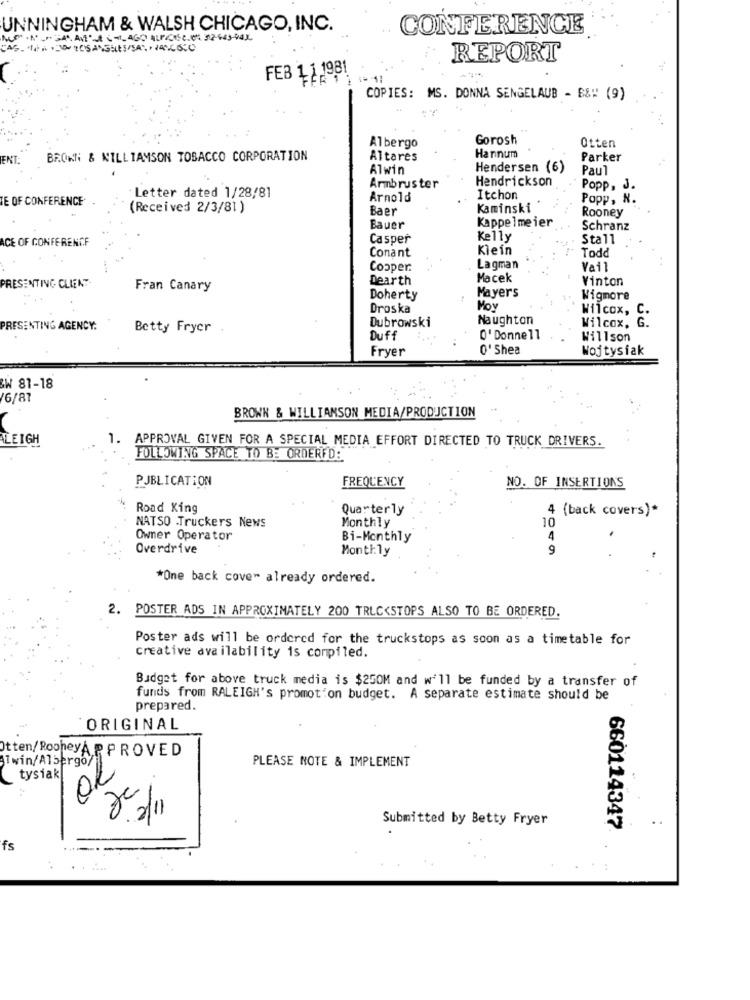
UNNINGHAM & WALSH CHICAGO, INC.
CONFERENCE
REPORT
FEB 1.1.1981
FFET
. - 11
COPIES: MS. DONNA SENGELAUB - B&# (9)
Gorosh
Albergo
Otten
ENT:
BROWN & WILLIAMSON TOBACCO CORPORATION
Altares
Hannum
Parker
Alwin
Hendersen (6)
Paul
Hendrickson
Letter dated 1/28/81
Armbruster
Popp, J.
TE OF CONFERENCE
Arnold
Itchon
Popp, N.
(Received 2/3/81)
Baer
Kaminski
Kappelmeier
Rooney
Bauer
Schranz
ACE OF CONFERENCE
Casper
Kelly
Stall
Conant
Klein
Todd
Cooper:
Lagman
Vail
Dearth
Macek
Vinton
RESENTING CLIENT-
Fran Canary
Doherty
Mayers
Wigmore
Droska
Moy
Wilcox, C.
Dubrowski
Naughton
PRESENTING AGENCY:
Betty Fryer
Wilcox. G.
Duff
O' Donnell
Willson
Fryer
O'Shea
Wojtysiak
W 81-18
/6/87
BROWK & WILLIAMSON MEDIA/PRODUCTION
LEIGH
1.
APPROVAL GIVEN FOR A SPECIAL MEDIA EFFORT DIRECTED TO TRUCK DRIVERS.
FOLLOWING SPACE TO BE ORDERED:
PUBLICATION
FREQUENCY
NO. OF INSERTIONS
Road King
Quarterly
I (back covers)*
Monthly
NATSO Truckers News
10
Owner Operator
Bi-Monthly
4
Overdrive
Monthly
9
*One back cover already ordered.
2. POSTER ADS IN APPROXIMATELY 200 TRLC<STOPS ALSO TO BE ORDERED.
Poster ads will be ordered for the truckstops as soon as a timetable for
creative availability is compiled.
Budget for above truck media is $250M and w'll be funded by a transfer of
funds from RALEIGH's promotion budget. A separate estimate should be
prepared.
ORIGINAL
tten/ RooneyAPPROVED
PLEASE NOTE & IMPLEMENT
Twin/ Albergoy
tysiak
02
2
Submitted by Betty Fryer
..
660114347
fs